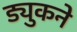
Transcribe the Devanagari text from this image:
ड्युकने